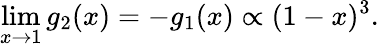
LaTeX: \operatorname*{lim}_{x\rightarrow 1}g_{2}(x)=-g_{1}(x)\propto(1-x)^{3}.